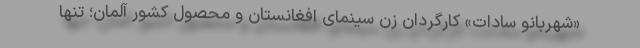
«شهربانو سادات» كارگردان زن سینمای افغانستان و محصول کشور آلمان؛ تنها